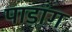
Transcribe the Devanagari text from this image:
पाडांग